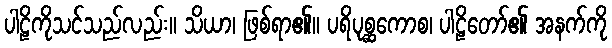
ပါဠိကိုသင်သည်လည်း။ သိယာ၊ ဖြစ်ရာ၏။ ပရိပုစ္ဆကောစ၊ ပါဠိတော်၏ အနက်ကို